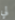
لي